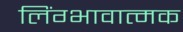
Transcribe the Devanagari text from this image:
लिंग्भावात्मक